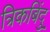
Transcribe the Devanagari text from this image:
त्रिकबिंदु